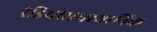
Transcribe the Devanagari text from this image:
रेडियोसमस्थानिक